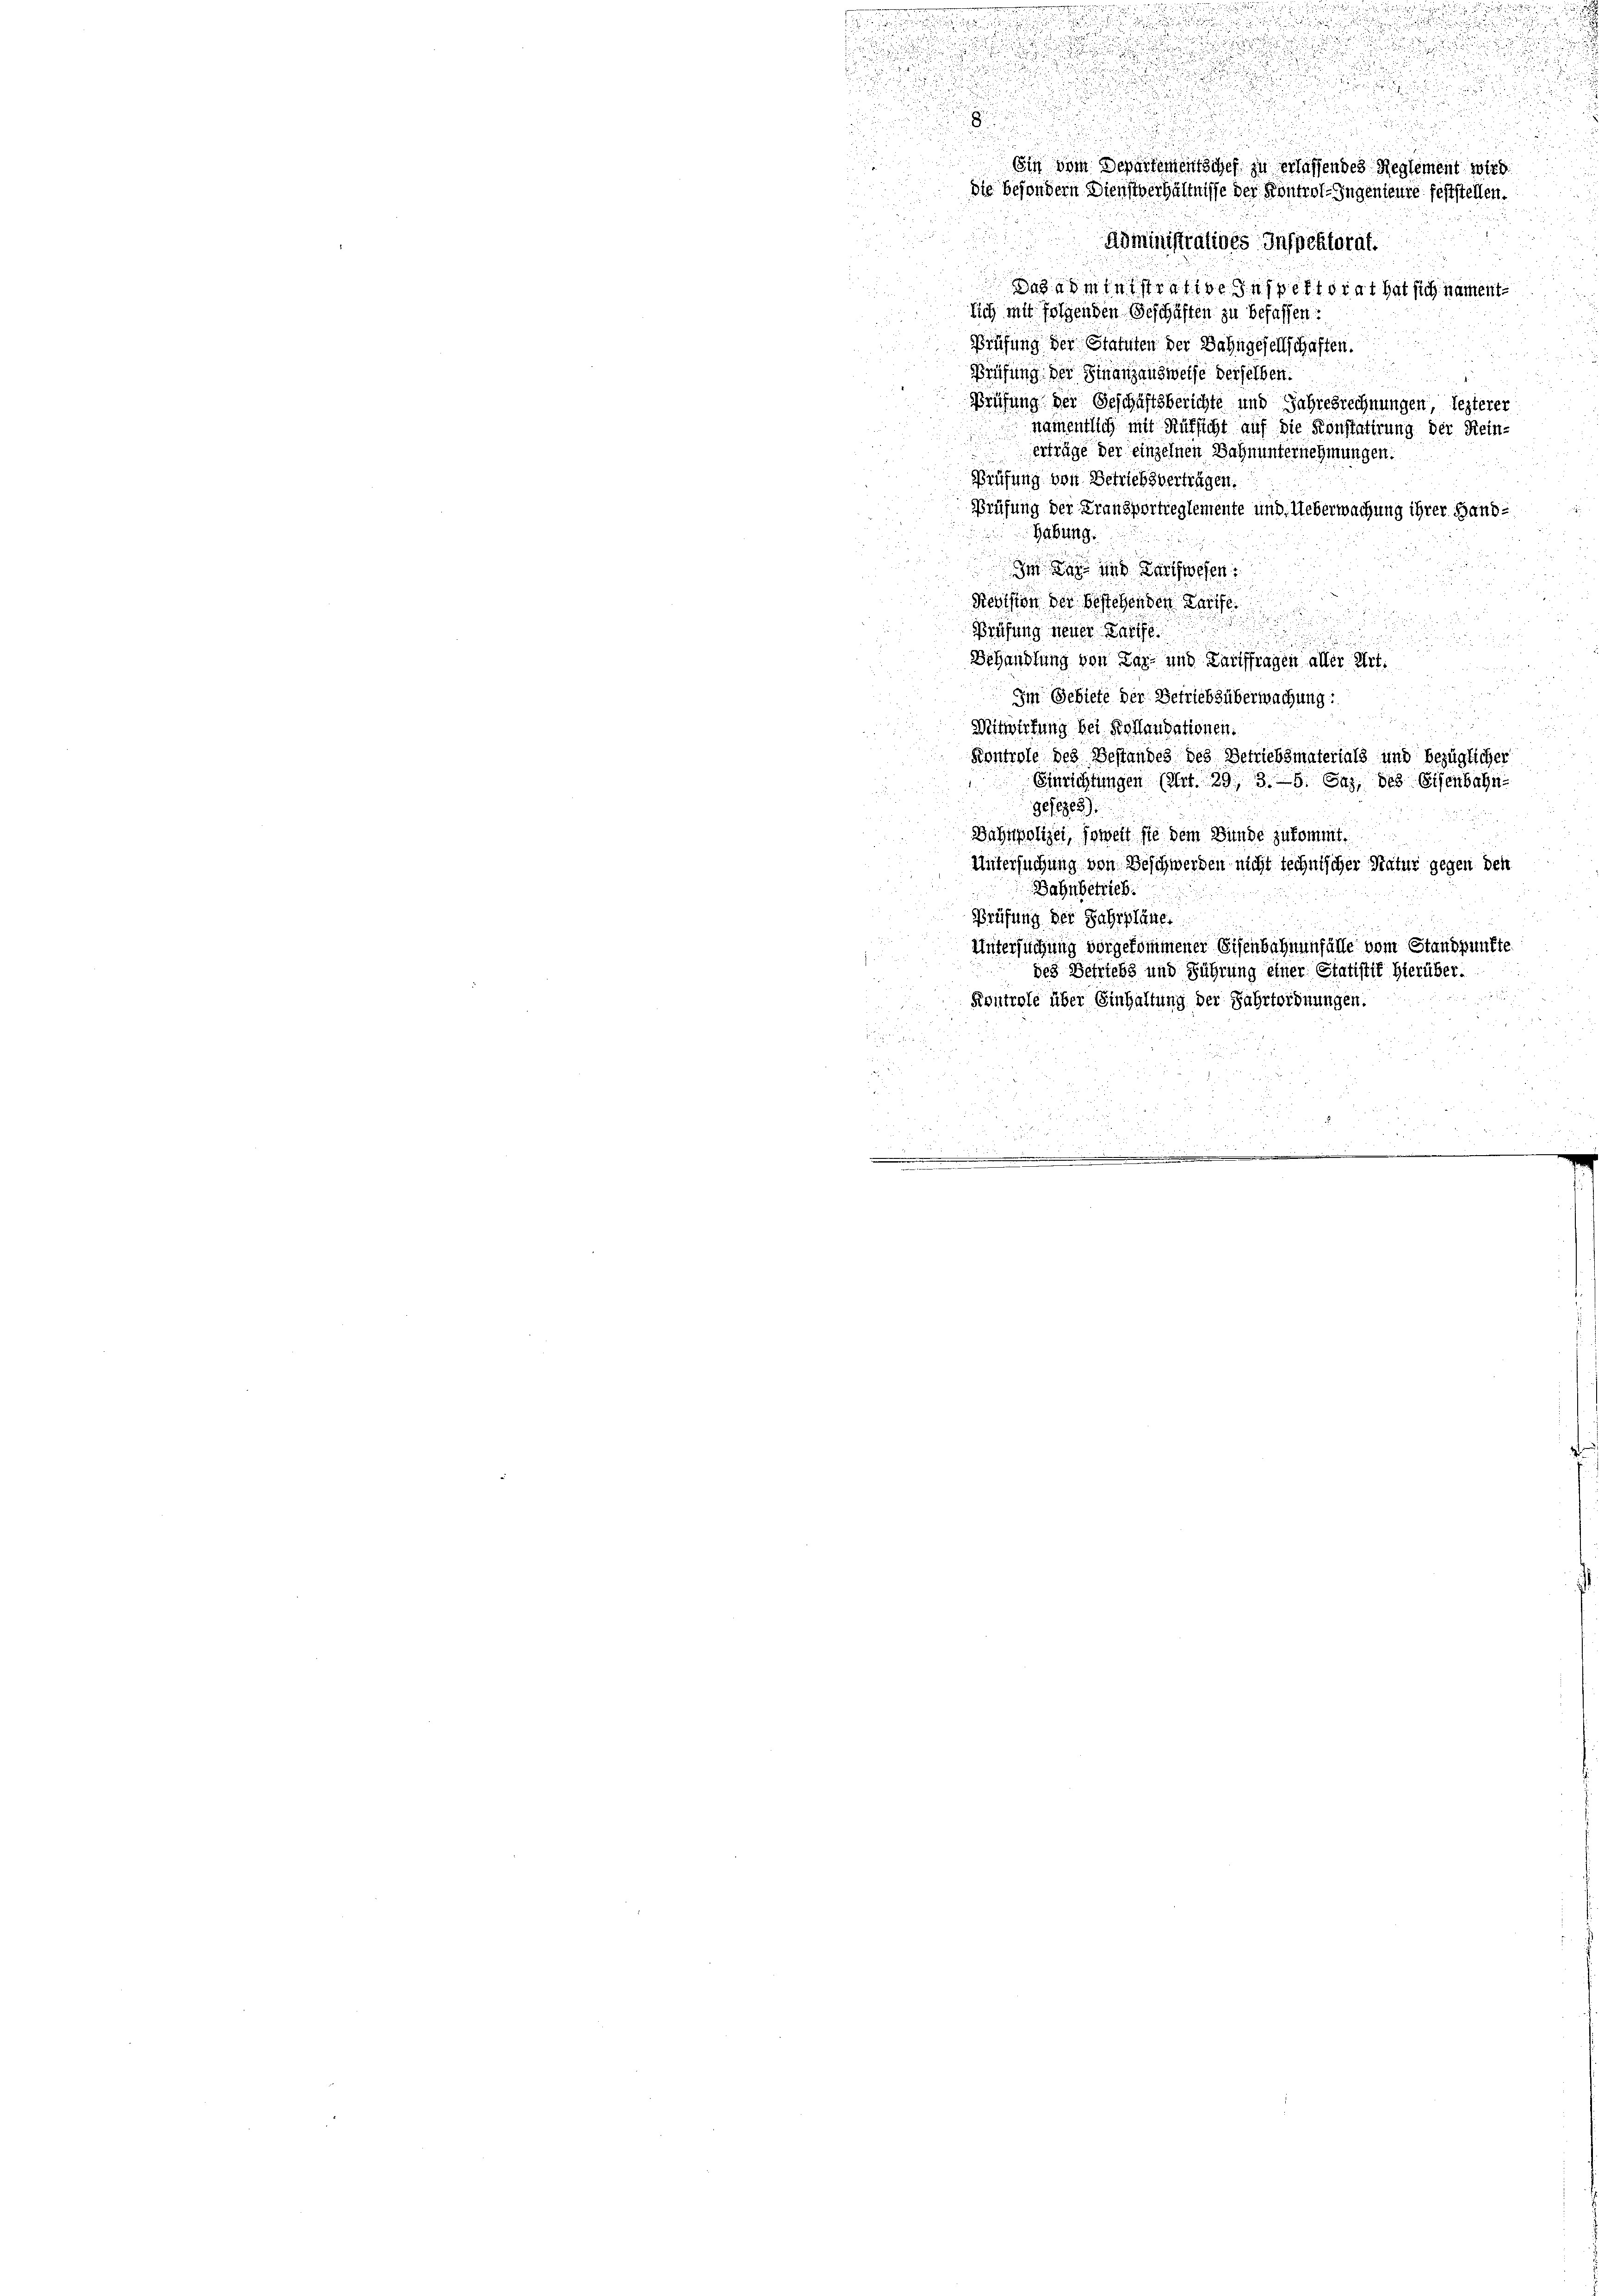
d
u
u
Ein vom Departementschef zu erlassendes Reglement wird.
die Besondern Dienstverhältnisse der Kontrol-Ingenieure feststellen.

Roministratives Inspektorat.
.
Dasadministrative Inspettigt hat sich nament-
sich mit folgenden Geschäften zu befassen.
Prüfung der Statuten der Bahngesellschaften.
Prüfung der Finanzausweise derselben.
Prüfung der Geschäftsberichte und Jahresrechnungen, lezterer
namentlich mit Rüksicht auf die Konstatirung der Rein-
Erträge der einzelnen Bahnunternehmungen.
Prüfung von Betriebsvertragen.
Prüfung der Fransportreglemente und Ueberwachung ihrer Hand¬
Habung.
Im den und durchwesen.
Revision der bestehenden Tarife.
Prüfung neuer Parthe
Behandlung von Far- und Tariffragen aller Art.
Im Gebiete der Betriebsüberwachung:
Mitwirtung bei Kollaudationen.
Kontrole des Bestandes des Betriebsmaterials und bezüglicher
Einrichtungen (Art. 29. 3. 5. Sag, des Eisenbahn-
90/1905)
Bahnpolizei, soweit sie dem Bunde zukommt.
Untersuchung von Beschwerden nicht technischer Natur gegen den
Bahnbetrieb.
Prüfung der Fahrplänen
Untersuchung vorgekommener Eisenbahnenfälle vom Standpunkt
des Betriebs und Führung einer Statistik hierüber.
Kontrole über Einhaltung der Fahrtordnungen.

s
.